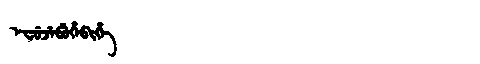
Manchu: ᡝᠸᡠᠵᡝᠪᡠᡥᡝᠪᡳᡥᡝ
Romanization: EFUJEBUHEBIHE